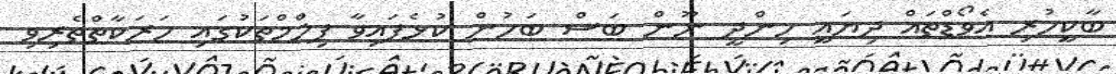
ބާކީހުރި އެވޯޑްތައް ދިޔައީ ހިންދީ ނޫން ބަސް ބަހުން ކުޅެފައިވާ ފިލްމްތަކުގައި ހަރަކާތްތެރިވި